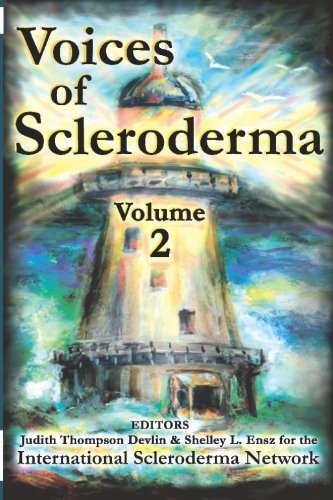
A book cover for Voices of Scleroderma: Volume 2; International Scleroderma Network; Health, Fitness & Dieting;